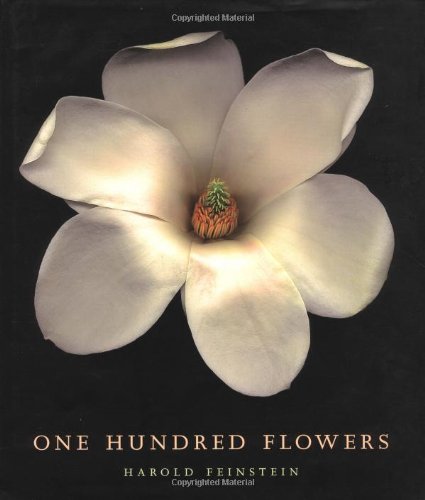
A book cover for One Hundred Flowers; Harold Feinstein; Crafts, Hobbies & Home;